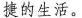
捷的生活。